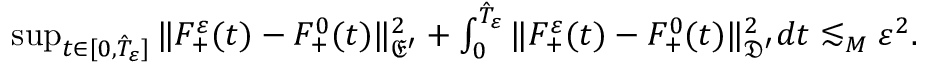
\begin{array} { r } { \operatorname* { s u p } _ { t \in [ 0 , \hat { T } _ { \varepsilon } ] } \| F _ { + } ^ { \varepsilon } ( t ) - F _ { + } ^ { 0 } ( t ) \| _ { \mathfrak E ^ { \prime } } ^ { 2 } + \int _ { 0 } ^ { \hat { T } _ { \varepsilon } } \| F _ { + } ^ { \varepsilon } ( t ) - F _ { + } ^ { 0 } ( t ) \| _ { \mathfrak D ^ { \prime } } ^ { 2 } d t \lesssim _ { M } \varepsilon ^ { 2 } . } \end{array}